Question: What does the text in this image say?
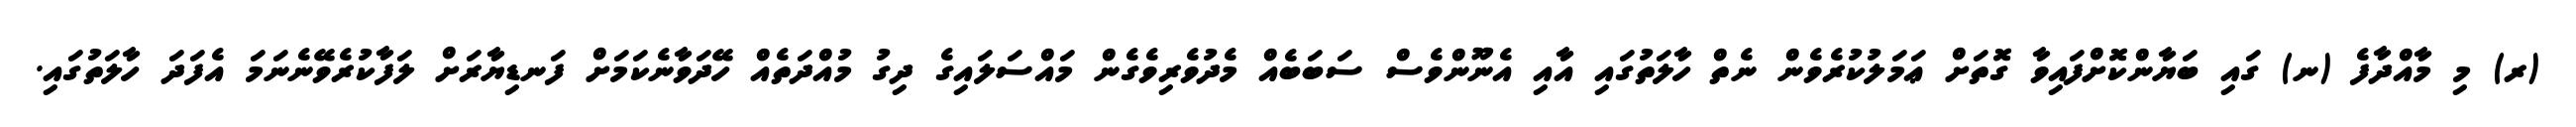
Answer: (ރ) މި މާއްދާފެ (ނ) ގައި ބަޔާންކޮށްފައިވާ ގޮތަށް ޢަމަލުކުރެވެން ނެތް ހާލަތުގައި އާއި އެނޫންވެސް ސަބަބެއް މެދުވެރިވެގެން މައްސަލައިގެ ދިގު މުއްދަތެއް ހޭދަވާނެކަމަށް ފަނޑިޔާރަށް ލަފާކުރެވޭނެނަމަ އެފަދަ ހާލަތުގައި.